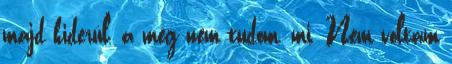
majd kiderül, a még nem tudom, mi. Nem voltam